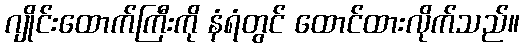
ဂျိုင်းထောက်ကြီးကို နံရံတွင် ထောင်ထားလိုက်သည်။